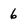
Character: 6